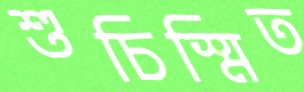
শুচিস্মিত